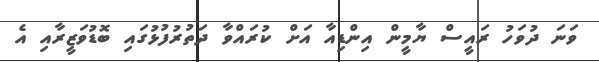
ވަނަ ދުވަހު ރައީސް ޔާމީން އިންޑިއާ އަށް ކުރައްވާ ދަތުރުފުޅުގައި ބޮޑުވަޒީރާއި އެ